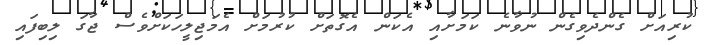
ކުރިއަށް ގެންދެވިގެން ނުވާނެ ކަމަށާއި އެކަން އެގޮތަށް ކުރުމަށް އެމަޖިލީހަކަށްވެސް ޖާގަ ލިބިފައި